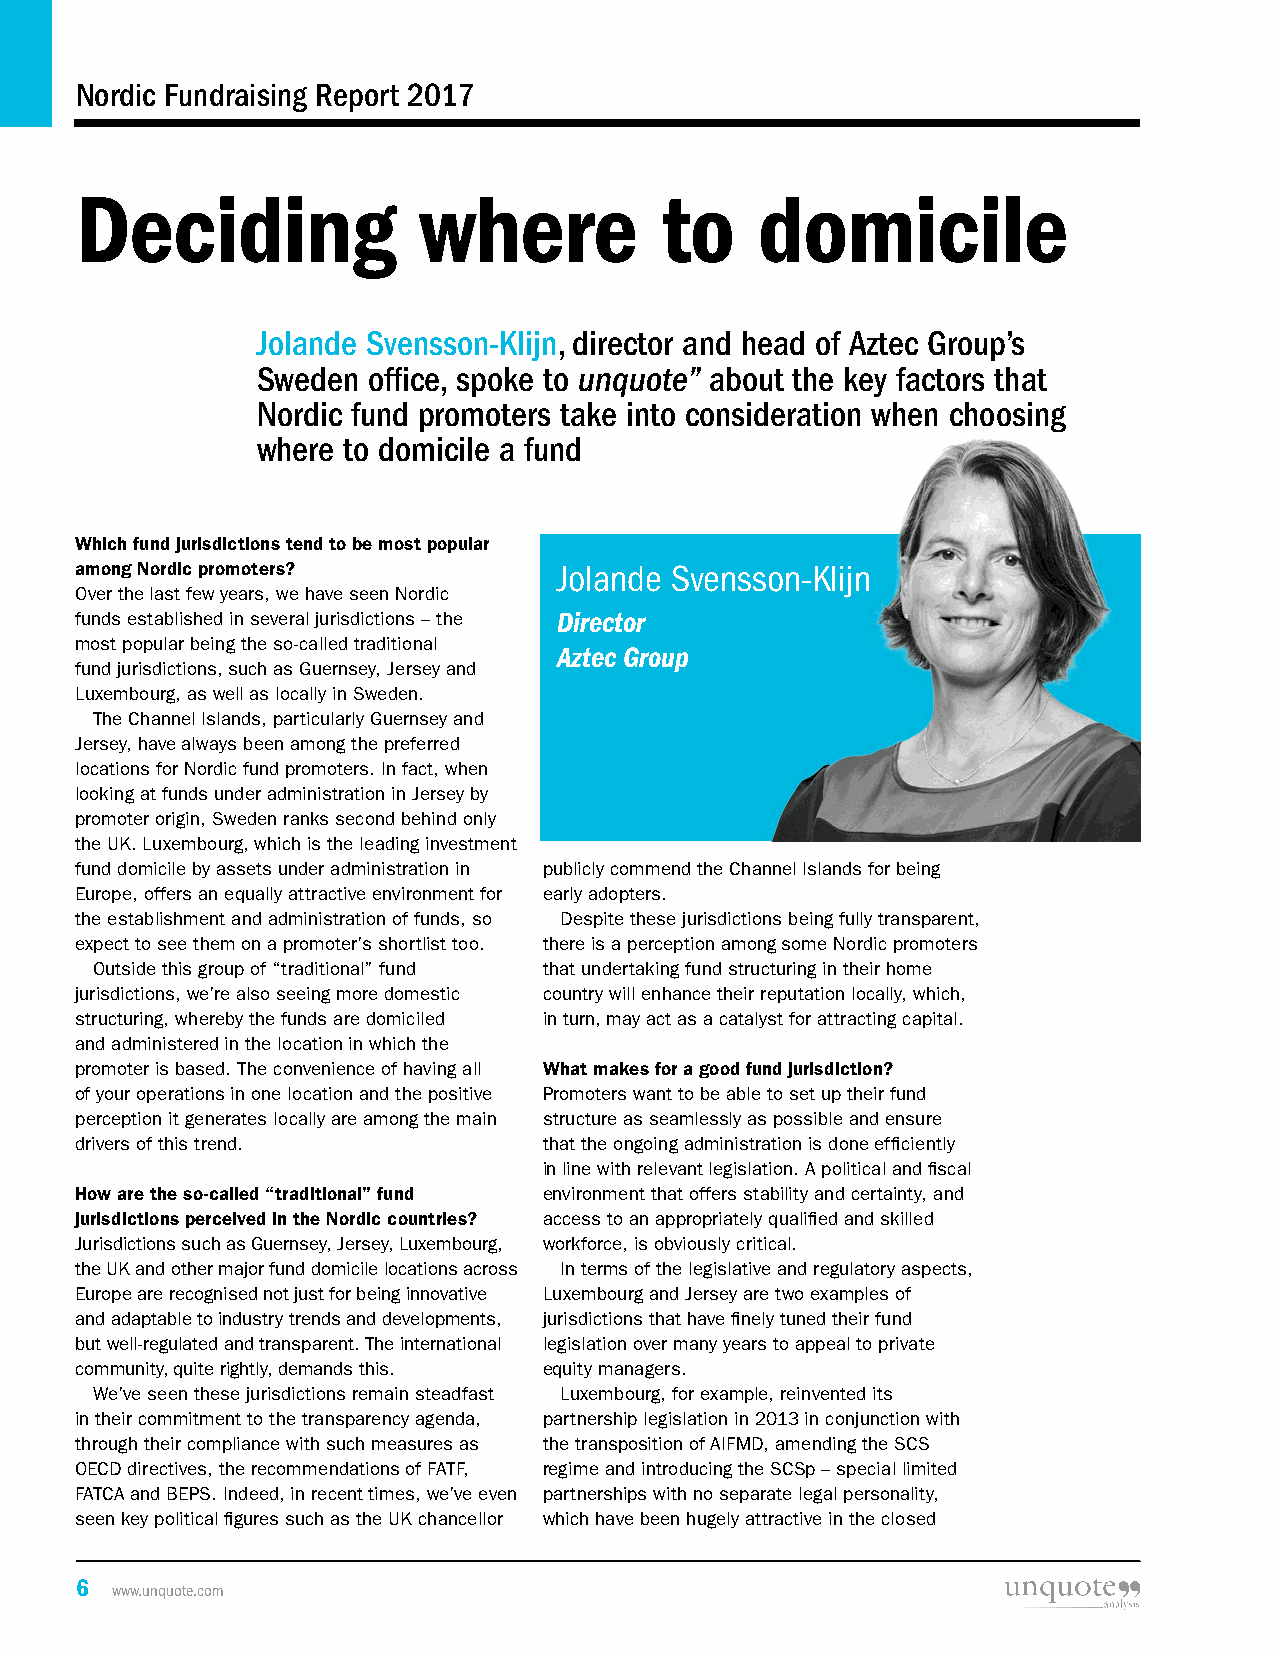
Nordic Fundraising Report 2017
 Deciding               where           to    domicile
 Jolande Svensson-Klijn, director and head of Aztec Group’s
 Sweden office, spoke to unquote” about the key factors that
 Nordic fund promoters take into consideration when choosing
 where to domicile a fund
 Which fund jurisdictions tend to be most popular
 among Nordic promoters?         Jolande Svensson-Klijn
 Over the last few years, we have seen Nordic
 funds established in several jurisdictions – the Director
 most popular being the so-called traditional
 Aztec Group
 fund jurisdictions, such as Guernsey, Jersey and
 Luxembourg, as well as locally in Sweden.
 The Channel Islands, particularly Guernsey and
 Jersey, have always been among the preferred
 locations for Nordic fund promoters. In fact, when
 looking at funds under administration in Jersey by
 promoter origin, Sweden ranks second behind only
 the UK. Luxembourg, which is the leading investment
 fund domicile by assets under administration in publicly commend the Channel Islands for being
 Europe, offers an equally attractive environment for early adopters.
 the establishment and administration of funds, so Despite these jurisdictions being fully transparent,
 expect to see them on a promoter’s shortlist too. there is a perception among some Nordic promoters
 Outside this group of “traditional” fund that undertaking fund structuring in their home
 jurisdictions, we’re also seeing more domestic country will enhance their reputation locally, which,
 structuring, whereby the funds are domiciled in turn, may act as a catalyst for attracting capital.
 and administered in the location in which the
 promoter is based. The convenience of having all What makes for a good fund jurisdiction?
 of your operations in one location and the positive Promoters want to be able to set up their fund
 perception it generates locally are among the main structure as seamlessly as possible and ensure
 drivers of this trend.         that the ongoing administration is done efficiently
 in line with relevant legislation. A political and fiscal
 How are the so-called “traditional” fund environment that offers stability and certainty, and
 jurisdictions perceived in the Nordic countries? access to an appropriately qualified and skilled
 Jurisdictions such as Guernsey, Jersey, Luxembourg, workforce, is obviously critical.
 the UK and other major fund domicile locations across In terms of the legislative and regulatory aspects,
 Europe are recognised not just for being innovative Luxembourg and Jersey are two examples of
 and adaptable to industry trends and developments, jurisdictions that have finely tuned their fund
 but well-regulated and transparent. The international legislation over many years to appeal to private
 community, quite rightly, demands this. equity managers.
 We’ve seen these jurisdictions remain steadfast Luxembourg, for example, reinvented its
 in their commitment to the transparency agenda, partnership legislation in 2013 in conjunction with
 through their compliance with such measures as the transposition of AIFMD, amending the SCS
 OECD directives, the recommendations of FATF, regime and introducing the SCSp – special limited
 FATCA and BEPS. Indeed, in recent times, we’ve even partnerships with no separate legal personality,
 seen key political figures such as the UK chancellor which have been hugely attractive in the closed
 6
 www.unquote.com